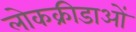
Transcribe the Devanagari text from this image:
लोकक्रीडाओं